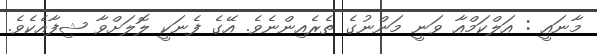
މާނައީ : އަލްކަމްއާ ވަނީ މަންނުގެ ތެރެއިންނެވެ. އޭގެ ފެނަކީ ލޮލަށްވާ ޝިފާއެކެވެ.